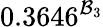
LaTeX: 0.3646^{\mathcal{B}_{3}}